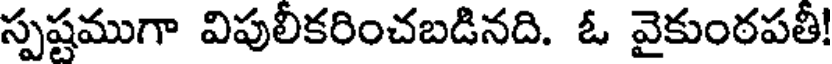
స్పష్టముగా విపులీకరించబడినది. ఓ వైకుంఠపతీ!